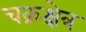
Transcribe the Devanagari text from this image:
चक्रक्षेत्र